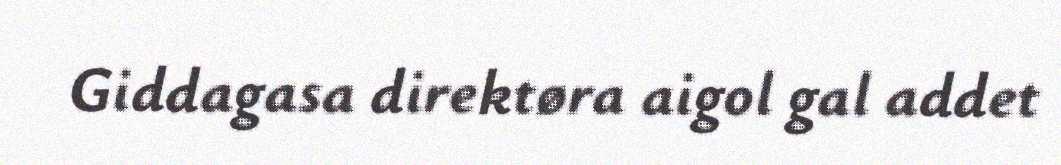
Giddagasa direktøra aigol gal addet